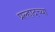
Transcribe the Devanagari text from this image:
प्रल्हादच्या